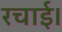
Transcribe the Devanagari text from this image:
रचाई।